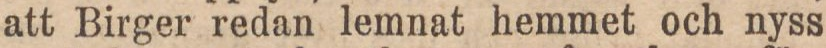
att Birger redan lemnat hemmet och nyss